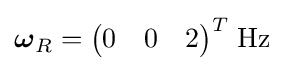
{\boldsymbol {\omega }}_{R}={\begin{pmatrix}0&0&2\end{pmatrix}}^{T}\;{\text{Hz}}